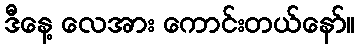
ဒီနေ့ လေအား ကောင်းတယ်နော်။